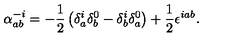
\alpha _ { a b } ^ { - i } = - \frac { 1 } { 2 } \left( \delta _ { a } ^ { i } \delta _ { b } ^ { 0 } - \delta _ { b } ^ { i } \delta _ { a } ^ { 0 } \right) + \frac { 1 } { 2 } \epsilon ^ { i a b } .